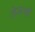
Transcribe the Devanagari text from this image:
तेजश्वी